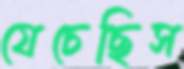
যেচেছিস